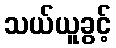
သယ်ယူခွင့်